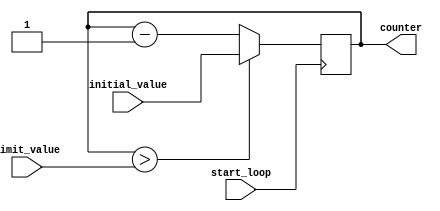
module decremental_for_loop (
    input wire [7:0] initial_value,
    input wire [7:0] limit_value,
    input wire start_loop,
    output reg [7:0] counter
);

always @(posedge start_loop) begin
    if (counter > limit_value) begin
        counter <= initial_value;
    end else begin
        counter <= counter - 1;
    end
end

endmodule